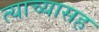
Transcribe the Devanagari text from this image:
त्याच्यासह